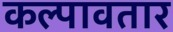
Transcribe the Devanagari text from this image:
कल्पावतार